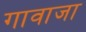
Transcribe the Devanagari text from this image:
गावाजा